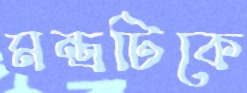
মন্ত্রটিকে